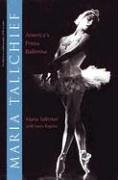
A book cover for Maria Tallchief: America's Prima Ballerina; Larry Kaplan; Biographies & Memoirs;